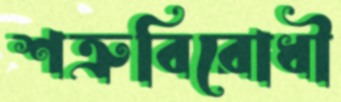
শত্রুবিরোধী